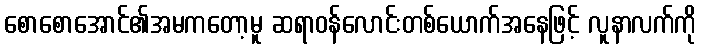
စောစောအောင်၏အမကတော့မူ ဆရာဝန်လောင်းတစ်ယောက်အနေဖြင့် လူနာလက်ကို